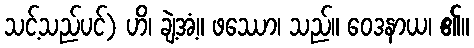
သင့်သည်ပင်) ဟိ၊ ချဲ့အံ့။ ဖဿော၊ သည်။ ဝေဒနာယ၊ ၏။